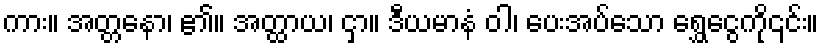
ကား။ အတ္တနော၊ ၏။ အတ္ထာယ၊ ငှာ။ ဒီယမာနံ ဝါ၊ ပေးအပ်သော ရွှေငွေကို၎င်း။